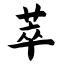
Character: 萃